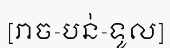
[រាច-បន់-ទូល]